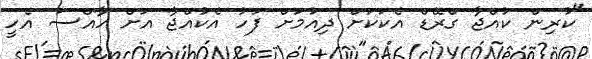
"ކުރިން ކުއްޖާ ގްރޭޑް އެކަކަށް ދިއުމަށް ފަހު އެކުއްޖާ އަށް ހާއްސަ އެހީ